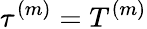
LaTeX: \tau^{(m)}=T^{{(m)}}